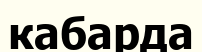
кабарда